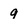
Character: g